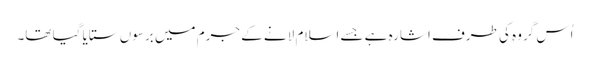
اُس گروہ کی طرف اشارہ ہے جسے اسلام لانے کے جرم میں برسوں ستایا گیا تھا۔